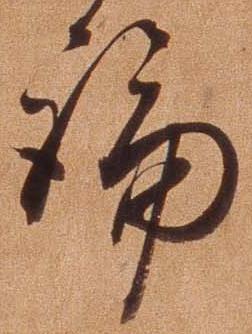
論